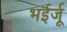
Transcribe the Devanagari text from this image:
भईर्जू